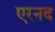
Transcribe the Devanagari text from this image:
एरनद